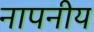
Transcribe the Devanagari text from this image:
नापनीय